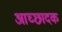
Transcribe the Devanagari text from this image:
आच्छादक